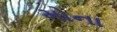
મોના